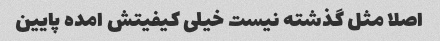
اصلا مثل گذشته نیست خیلی کیفیتش امده پایین